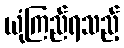
ယုံကြည်ရသည့်